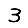
Digit: 3